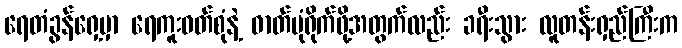
ရေတံခွန်ရှေ့မှာ ရေကူးဝတ်စုံနဲ့ ဓာတ်ပုံရိုက်ဖို့အတွက်လည်း ခရီးသွား လူတန်းရှည်ကြီးက